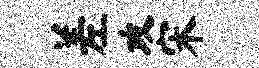
差攻宋